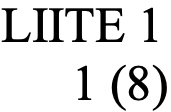
LIITE 1 1 (8)